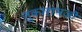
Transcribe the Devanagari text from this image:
तुकारामजी